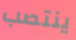
ينتصب